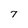
Character: 7